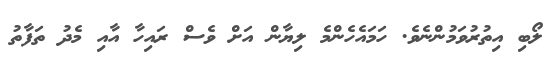
ލޯބި އިތުރުވަމުންނެވެ. ހަމައެހެންމެ ލިޔާން އަށް ވެސް ރައިހާ އާއި މެދު ތަފާތު